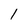
Character: l